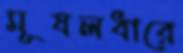
মূষলধারে